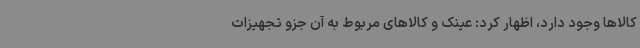
کالاها وجود دارد، اظهار کرد: عینک و کالاهای مربوط به آن جزو تجهیزات